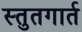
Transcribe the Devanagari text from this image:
स्तुतगार्त